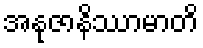
အနုဇာနိဿာမာတိ